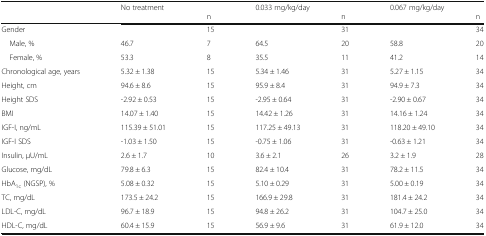
<table><thead><tr><td rowspan="2"></td><td colspan="2"><b>No treatment</b></td><td colspan="2"><b>0.033 mg/kg/day</b></td><td colspan="2"><b>0.067 mg/kg/day</b></td></tr><tr><td></td><td><b>n</b></td><td></td><td><b>n</b></td><td></td><td><b>n</b></td></tr></thead><tbody><tr><td>Gender</td><td></td><td>15</td><td></td><td>31</td><td></td><td>34</td></tr><tr><td> Male, %</td><td>46.7</td><td>7</td><td>64.5</td><td>20</td><td>58.8</td><td>20</td></tr><tr><td> Female, %</td><td>53.3</td><td>8</td><td>35.5</td><td>11</td><td>41.2</td><td>14</td></tr><tr><td>Chronological age, years</td><td>5.32 ± 1.38</td><td>15</td><td>5.34 ± 1.46</td><td>31</td><td>5.27 ± 1.15</td><td>34</td></tr><tr><td>Height, cm</td><td>94.6 ± 8.6</td><td>15</td><td>95.9 ± 8.4</td><td>31</td><td>94.9 ± 7.3</td><td>34</td></tr><tr><td>Height SDS</td><td>-2.92 ± 0.53</td><td>15</td><td>-2.95 ± 0.64</td><td>31</td><td>-2.90 ± 0.67</td><td>34</td></tr><tr><td>BMI</td><td>14.07 ± 1.40</td><td>15</td><td>14.42 ± 1.26</td><td>31</td><td>14.16 ± 1.24</td><td>34</td></tr><tr><td>IGF-I, ng/mL</td><td>115.39 ± 51.01</td><td>15</td><td>117.25 ± 49.13</td><td>31</td><td>118.20 ± 49.10</td><td>34</td></tr><tr><td>IGF-I SDS</td><td>-1.03 ± 1.50</td><td>15</td><td>-0.75 ± 1.06</td><td>31</td><td>-0.63 ± 1.21</td><td>34</td></tr><tr><td>Insulin, μU/mL</td><td>2.6 ± 1.7</td><td>10</td><td>3.6 ± 2.1</td><td>26</td><td>3.2 ± 1.9</td><td>28</td></tr><tr><td>Glucose, mg/dL</td><td>79.8 ± 6.3</td><td>15</td><td>82.4 ± 10.4</td><td>31</td><td>78.2 ± 11.5</td><td>34</td></tr><tr><td>HbA<sub>1c</sub> (NGSP), %</td><td>5.08 ± 0.32</td><td>15</td><td>5.10 ± 0.29</td><td>31</td><td>5.00 ± 0.19</td><td>34</td></tr><tr><td>TC, mg/dL</td><td>173.5 ± 24.2</td><td>15</td><td>166.9 ± 29.8</td><td>31</td><td>181.4 ± 24.2</td><td>34</td></tr><tr><td>LDL-C, mg/dL</td><td>96.7 ± 18.9</td><td>15</td><td>94.8 ± 26.2</td><td>31</td><td>104.7 ± 25.0</td><td>34</td></tr><tr><td>HDL-C, mg/dL</td><td>60.4 ± 15.9</td><td>15</td><td>56.9 ± 9.6</td><td>31</td><td>61.9 ± 12.0</td><td>34</td></tr></tbody></table>